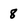
Character: 8